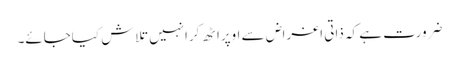
ضرورت ہے کہ ذاتی اغراض سے اوپراٹھ کرانہیں تلاش کیاجائے۔